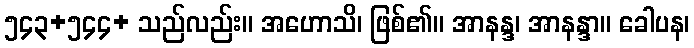
၅၄၃+၅၄၄+ သည်လည်း။ အဟောသိ၊ ဖြစ်၏။ အာနန္ဒ၊ အာနန္ဒာ။ ခေါပန၊